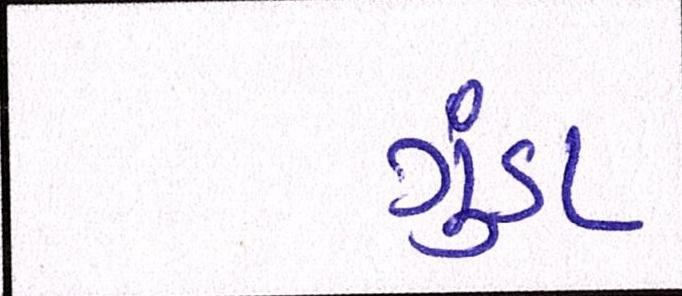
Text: ગુંડા